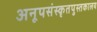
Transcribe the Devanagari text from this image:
अनूपसंस्कृतपुस्तकालय